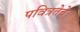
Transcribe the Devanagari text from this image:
पवित्रतेचे